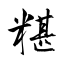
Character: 糂